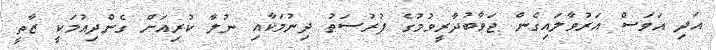
އަދި އަވަސް އަރުވާލައިގެން ޖަވާބުދާރީވުމުގެ ފުރުސަތު ދިނުމަކާއި ނުލާ ކުރިއަށް ގެންދިއުމަކީ ޒާތީ